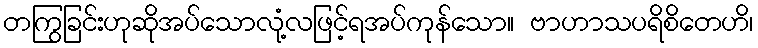
တကြွခြင်းဟုဆိုအပ်သောလုံ့လဖြင့်ရအပ်ကုန်သော။ ဗာဟာသပရိစိတေဟိ၊